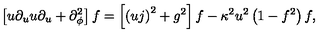
\left[ u \partial _ { u } u \partial _ { u } + \partial _ { \phi } ^ { 2 } \right] f = \left[ \left( u j \right) ^ { 2 } + g ^ { 2 } \right] f - \kappa ^ { 2 } u ^ { 2 } \left( 1 - f ^ { 2 } \right) f ,